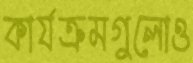
কার্যক্রমগুলোও